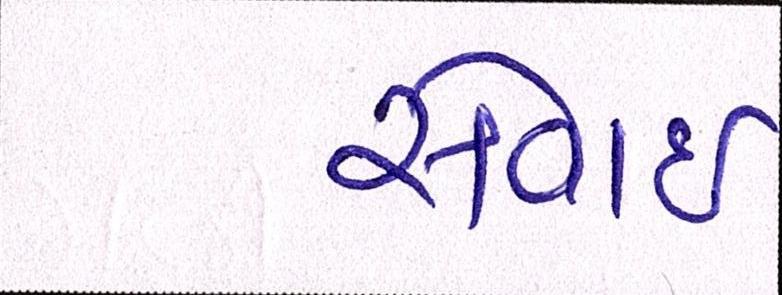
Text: સેવાઇ